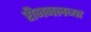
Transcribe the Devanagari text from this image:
रीजनलच्या